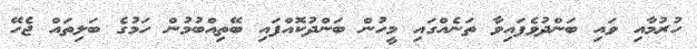
ހުރުމާއި ވައި ބަންދުވެފައިވާ ތަނެއްގައި މީހުން ބަންދުކޮއްފައި ބޭތިއްބުމުން ހަމުގެ ބަލިތައް ޖެހޭ